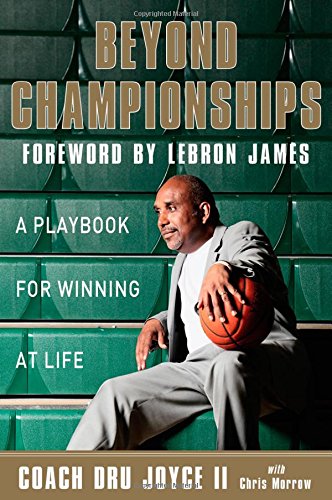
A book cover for Beyond Championships: A Playbook for Winning at Life; Dru Joyce II; Biographies & Memoirs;